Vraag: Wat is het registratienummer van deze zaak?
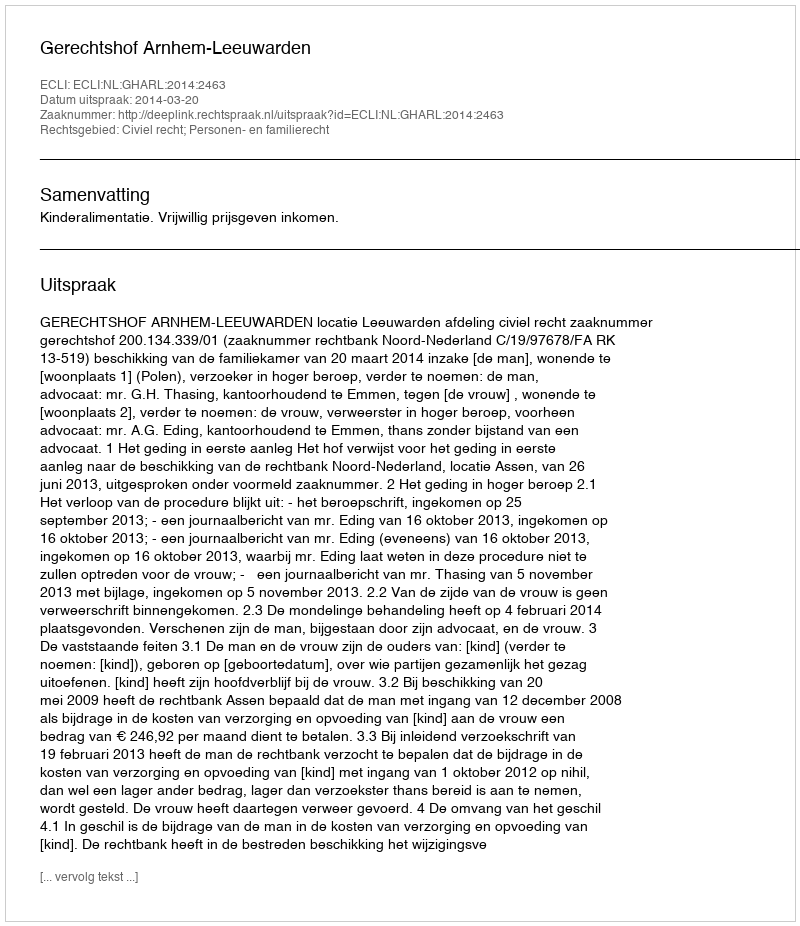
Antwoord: http://deeplink.rechtspraak.nl/uitspraak?id=ECLI:NL:GHARL:2014:2463